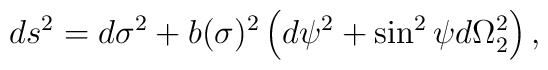
ds^2=d\sigma^2+b(\sigma)^2\left(d\psi^2+\sin^2 \psi d\Omega_2^2 \right),